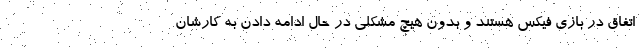
اتفاق در بازی فیکس هستند و بدون هیچ مشکلی در حال ادامه دادن به کارشان